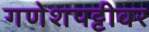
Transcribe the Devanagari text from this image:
गणेशपट्टीवर